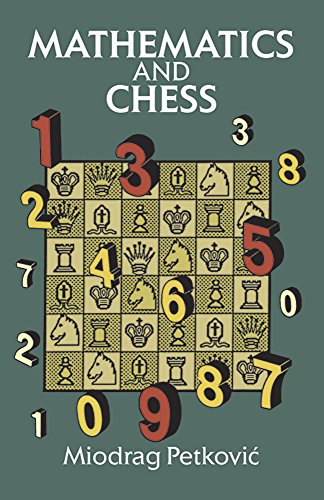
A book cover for Mathematics and Chess (Dover Recreational Math); Miodrag Petkovic; Humor & Entertainment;